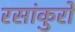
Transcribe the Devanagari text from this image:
रसांकुरों